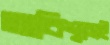
অবিশ্বাসই